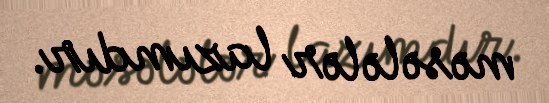
məsələlər lazımdır.